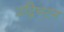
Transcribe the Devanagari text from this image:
उद्विघटन